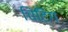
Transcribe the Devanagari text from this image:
चिटिंग